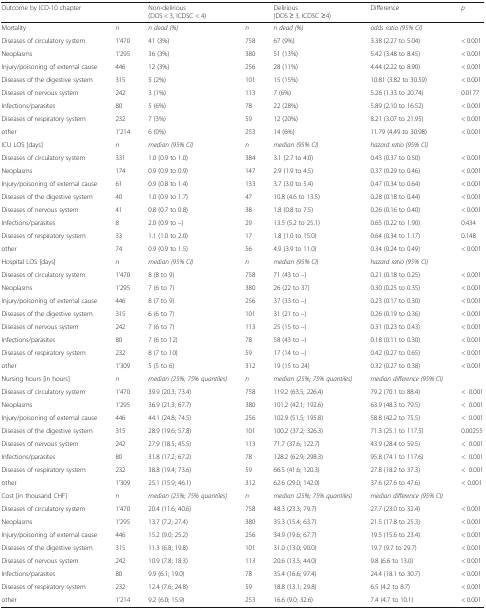
<table><thead><tr><td><b>Outcome by ICD-10 chapter</b></td><td></td><td><b>Non-delirious (DOS &lt; 3, ICDSC &lt; 4)</b></td><td></td><td><b>Delirious (DOS ≥ 3, ICDSC ≥4)</b></td><td><b>Difference</b></td><td><b><i>p</i></b></td></tr></thead><tbody><tr><td>Mortality</td><td><i>n</i></td><td><i>n dead (%)</i></td><td><i>n</i></td><td><i>n dead (%)</i></td><td><i>odds ratio (95% CI)</i></td><td></td></tr><tr><td>Diseases of circulatory system</td><td>1&#x27;470</td><td>41 (3%)</td><td>758</td><td>67 (9%)</td><td>3.38 (2.27 to 5.04)</td><td>&lt; 0.001</td></tr><tr><td>Neoplasms</td><td>1&#x27;295</td><td>36 (3%)</td><td>380</td><td>51 (13%)</td><td>5.42 (3.48 to 8.45)</td><td>&lt; 0.001</td></tr><tr><td>Injury/poisoning of external cause</td><td>446</td><td>12 (3%)</td><td>256</td><td>28 (11%)</td><td>4.44 (2.22 to 8.90)</td><td>&lt; 0.001</td></tr><tr><td>Diseases of the digestive system</td><td>315</td><td>5 (2%)</td><td>101</td><td>15 (15%)</td><td>10.81 (3.82 to 30.59)</td><td>&lt; 0.001</td></tr><tr><td>Diseases of nervous system</td><td>242</td><td>3 (1%)</td><td>113</td><td>7 (6%)</td><td>5.26 (1.33 to 20.74)</td><td>0.0177</td></tr><tr><td>Infections/parasites</td><td>80</td><td>5 (6%)</td><td>78</td><td>22 (28%)</td><td>5.89 (2.10 to 16.52)</td><td>&lt; 0.001</td></tr><tr><td>Diseases of respiratory system</td><td>232</td><td>7 (3%)</td><td>59</td><td>12 (20%)</td><td>8.21 (3.07 to 21.95)</td><td>&lt; 0.001</td></tr><tr><td>other</td><td>1&#x27;214</td><td>6 (0%)</td><td>253</td><td>14 (6%)</td><td>11.79 (4.49 to 30.98)</td><td>&lt; 0.001</td></tr><tr><td>ICU LOS [days]</td><td><i>n</i></td><td><i>median (95% CI)</i></td><td><i>n</i></td><td><i>median (95% CI)</i></td><td><i>hazard ratio (95% CI)</i></td><td></td></tr><tr><td>Diseases of circulatory system</td><td>331</td><td>1.0 (0.9 to 1.0)</td><td>384</td><td>3.1 (2.7 to 4.0)</td><td>0.43 (0.37 to 0.50)</td><td>&lt; 0.001</td></tr><tr><td>Neoplasms</td><td>174</td><td>0.9 (0.9 to 0.9)</td><td>147</td><td>2.9 (1.9 to 4.5)</td><td>0.37 (0.29 to 0.46)</td><td>&lt; 0.001</td></tr><tr><td>Injury/poisoning of external cause</td><td>61</td><td>0.9 (0.8 to 1.4)</td><td>133</td><td>3.7 (3.0 to 5.4)</td><td>0.47 (0.34 to 0.64)</td><td>&lt; 0.001</td></tr><tr><td>Diseases of the digestive system</td><td>40</td><td>1.0 (0.9 to 1.7)</td><td>47</td><td>10.8 (4.6 to 13.5)</td><td>0.28 (0.18 to 0.44)</td><td>&lt; 0.001</td></tr><tr><td>Diseases of nervous system</td><td>41</td><td>0.8 (0.7 to 0.8)</td><td>38</td><td>1.8 (0.8 to 7.5)</td><td>0.26 (0.16 to 0.40)</td><td>&lt; 0.001</td></tr><tr><td>Infections/parasites</td><td>8</td><td>2.0 (0.9 to –)</td><td>29</td><td>13.5 (5.2 to 25.1)</td><td>0.65 (0.22 to 1.90)</td><td>0.434</td></tr><tr><td>Diseases of respiratory system</td><td>33</td><td>1.1 (1.0 to 2.0)</td><td>17</td><td>1.8 (1.0 to 15.0)</td><td>0.64 (0.34 to 1.17)</td><td>0.148</td></tr><tr><td>other</td><td>74</td><td>0.9 (0.9 to 1.5)</td><td>56</td><td>4.9 (3.9 to 11.0)</td><td>0.34 (0.24 to 0.49)</td><td>&lt; 0.001</td></tr><tr><td>Hospital LOS [days]</td><td><i>n</i></td><td><i>median (95% CI)</i></td><td><i>n</i></td><td><i>median (95% CI)</i></td><td><i>hazard ratio (95% CI)</i></td><td></td></tr><tr><td>Diseases of circulatory system</td><td>1&#x27;470</td><td>8 (8 to 9)</td><td>758</td><td>71 (43 to –)</td><td>0.21 (0.18 to 0.25)</td><td>&lt; 0.001</td></tr><tr><td>Neoplasms</td><td>1&#x27;295</td><td>7 (6 to 7)</td><td>380</td><td>26 (22 to 37)</td><td>0.30 (0.25 to 0.35)</td><td>&lt; 0.001</td></tr><tr><td>Injury/poisoning of external cause</td><td>446</td><td>8 (7 to 9)</td><td>256</td><td>37 (33 to –)</td><td>0.23 (0.17 to 0.30)</td><td>&lt; 0.001</td></tr><tr><td>Diseases of the digestive system</td><td>315</td><td>6 (6 to 7)</td><td>101</td><td>31 (21 to –)</td><td>0.26 (0.19 to 0.36)</td><td>&lt; 0.001</td></tr><tr><td>Diseases of nervous system</td><td>242</td><td>7 (6 to 7)</td><td>113</td><td>25 (15 to –)</td><td>0.31 (0.23 to 0.43)</td><td>&lt; 0.001</td></tr><tr><td>Infections/parasites</td><td>80</td><td>7 (6 to 12)</td><td>78</td><td>58 (43 to –)</td><td>0.18 (0.11 to 0.30)</td><td>&lt; 0.001</td></tr><tr><td>Diseases of respiratory system</td><td>232</td><td>8 (7 to 10)</td><td>59</td><td>17 (14 to –)</td><td>0.42 (0.27 to 0.65)</td><td>&lt; 0.001</td></tr><tr><td>other</td><td>1&#x27;309</td><td>5 (5 to 6)</td><td>312</td><td>19 (15 to 24)</td><td>0.32 (0.27 to 0.38)</td><td>&lt; 0.001</td></tr><tr><td>Nursing hours [in hours]</td><td><i>n</i></td><td><i>median (25%; 75% quantiles)</i></td><td><i>n</i></td><td><i>median (25%; 75% quantiles)</i></td><td><i>median difference (95% CI)</i></td><td></td></tr><tr><td>Diseases of circulatory system</td><td>1&#x27;470</td><td>39.9 (20.3; 73.4)</td><td>758</td><td>119.2 (63.5; 226.4)</td><td>79.2 (70.1 to 88.4)</td><td>&lt;0.001</td></tr><tr><td>Neoplasms</td><td>1&#x27;295</td><td>36.9 (21.3; 67.7)</td><td>380</td><td>101.2 (42.1; 192.6)</td><td>63.9 (48.3 to 79.5)</td><td>&lt;0.001</td></tr><tr><td>Injury/poisoning of external cause</td><td>446</td><td>44.1 (24.8; 74.5)</td><td>256</td><td>102.9 (51.5; 195.8)</td><td>58.8 (42.2 to 75.5)</td><td>&lt;0.001</td></tr><tr><td>Diseases of the digestive system</td><td>315</td><td>28.9 (19.6; 57.8)</td><td>101</td><td>100.2 (37.2; 326.3)</td><td>71.3 (25.1 to 117.5)</td><td>0.00255</td></tr><tr><td>Diseases of nervous system</td><td>242</td><td>27.9 (18.5; 45.5)</td><td>113</td><td>71.7 (37.6; 122.7)</td><td>43.9 (28.4 to 59.5)</td><td>&lt;0.001</td></tr><tr><td>Infections/parasites</td><td>80</td><td>31.8 (17.2; 67.2)</td><td>78</td><td>128.2 (62.9; 298.3)</td><td>95.8 (74.1 to 117.6)</td><td>&lt;0.001</td></tr><tr><td>Diseases of respiratory system</td><td>232</td><td>38.8 (19.4; 73.6)</td><td>59</td><td>66.5 (41.6; 120.3)</td><td>27.8 (18.2 to 37.3)</td><td>&lt;0.001</td></tr><tr><td>other</td><td>1&#x27;309</td><td>25.1 (15.9; 46.1)</td><td>312</td><td>62.6 (29.0; 142.0)</td><td>37.6 (27.6 to 47.6)</td><td>&lt; 0.001</td></tr><tr><td>Cost [in thousand CHF]</td><td><i>n</i></td><td><i>median (25%; 75% quantiles)</i></td><td><i>n</i></td><td><i>median (25%; 75% quantiles)</i></td><td><i>median difference (95% CI)</i></td><td></td></tr><tr><td>Diseases of circulatory system</td><td>1&#x27;470</td><td>20.4 (11.6; 40.6)</td><td>758</td><td>48.3 (23.3; 79.7)</td><td>27.7 (23.0 to 32.4)</td><td>&lt; 0.001</td></tr><tr><td>Neoplasms</td><td>1&#x27;295</td><td>13.7 (7.2; 27.4)</td><td>380</td><td>35.3 (15.4; 63.7)</td><td>21.5 (17.8 to 25.3)</td><td>&lt; 0.001</td></tr><tr><td>Injury/poisoning of external cause</td><td>446</td><td>15.2 (9.0; 25.2)</td><td>256</td><td>34.9 (19.6; 67.7)</td><td>19.5 (15.6 to 23.4)</td><td>&lt; 0.001</td></tr><tr><td>Diseases of the digestive system</td><td>315</td><td>11.3 (6.8; 19.8)</td><td>101</td><td>31.0 (13.0; 90.0)</td><td>19.7 (9.7 to 29.7)</td><td>&lt; 0.001</td></tr><tr><td>Diseases of nervous system</td><td>242</td><td>10.9 (7.8; 18.3)</td><td>113</td><td>20.6 (13.5; 44.0)</td><td>9.8 (6.6 to 13.0)</td><td>&lt; 0.001</td></tr><tr><td>Infections/parasites</td><td>80</td><td>9.9 (6.1; 19.0)</td><td>78</td><td>35.4 (16.6; 97.4)</td><td>24.4 (18.1 to 30.7)</td><td>&lt; 0.001</td></tr><tr><td>Diseases of respiratory system</td><td>232</td><td>12.4 (7.6; 24.8)</td><td>59</td><td>18.8 (13.1; 29.8)</td><td>6.5 (4.2 to 8.7)</td><td>&lt; 0.001</td></tr><tr><td>other</td><td>1&#x27;214</td><td>9.2 (6.0; 15.9)</td><td>253</td><td>16.6 (9.0; 32.6)</td><td>7.4 (4.7 to 10.1)</td><td>&lt; 0.001</td></tr></tbody></table>